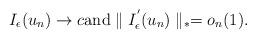
LaTeX: \begin{align*}I_{\epsilon}(u_{n})\rightarrow c \mbox{and}\parallel I^{'}_{\epsilon}(u_{n})\parallel_{*} = o_{n}(1).\end{align*}